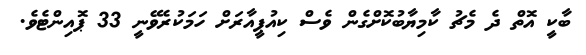
ބާކީ އޮތް ދެ މެޗު ކާމިޔާބުކޮށްގެން ވެސް ކިއުޕީއާރަށް ހަމަކުރެވޭނީ 33 ޕޮއިންޓެވެ.